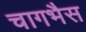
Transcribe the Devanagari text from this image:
चागभैस